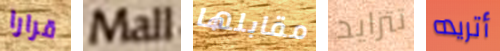
قرارا Mall مقابلها تتزايد أتريده